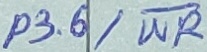
Text: P3.6/WR